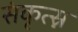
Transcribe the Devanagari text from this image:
संकृत्स्न